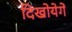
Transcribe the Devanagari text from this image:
दिखोयेगें